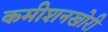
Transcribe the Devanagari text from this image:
कमीशनखोरी